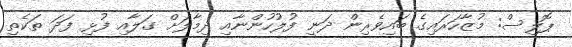
ޕޮލިސް: މުޒާހަރައިގެ ބައިވެރިން ދަނީ ފުލުހުންނާއި ދިމާލަށް ގަލާއި ފުޅި ފަދަ ތަކެތި